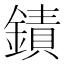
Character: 䥊